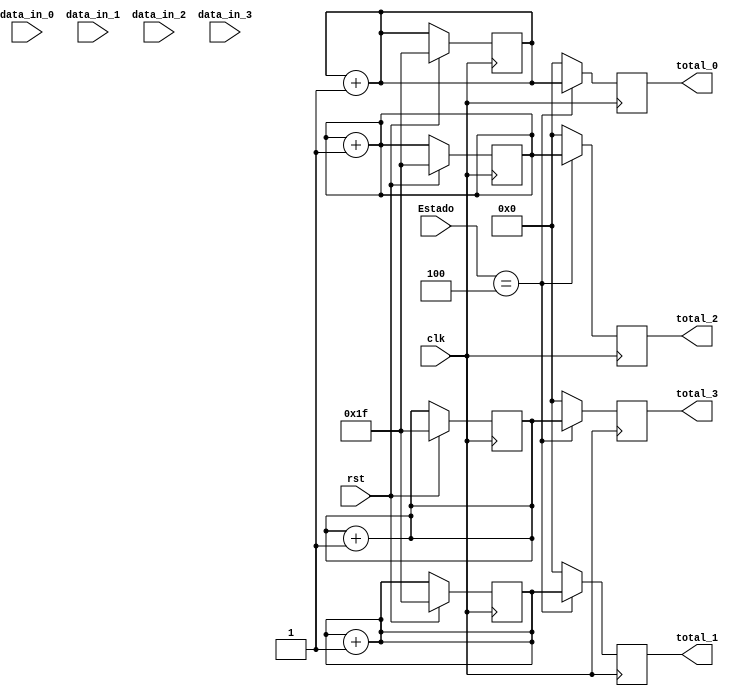
module contador_cond (
		      input 	       clk,
		      input 	       rst,
		      input [3:0]      Estado,
		      input [9:0]      data_in_0,
		      input [9:0]      data_in_1,
		      input [9:0]      data_in_2,
		      input [9:0]      data_in_3,
		      output reg [4:0] total_0,
		      output reg [4:0] total_1,
		      output reg [4:0] total_2,
		      output reg [4:0] total_3
		      );

   reg [4:0] 		      count_0, count_1, count_2, count_3;

   always @(posedge clk) begin
      if (rst) begin
	 count_0 <= -1;
	 count_1 <= -1;
	 count_2 <= -1;
	 count_3 <= -1;
      end
   end
   
   always @(data_in_0)
     count_0 = count_0 + 1;

   always @(data_in_1)
     count_1 = count_1 + 1;

   always @(data_in_2)
     count_2 = count_2 + 1;

   always @(data_in_3)
     count_3 = count_3 + 1;

   always @(posedge clk) begin
      if (Estado == 4) begin
	 total_0 <= count_0;
	 total_1 <= count_1;
	 total_2 <= count_2;
	 total_3 <= count_3;
      end

      else begin
	 total_0 <= 0;
	 total_1 <= 0;
	 total_2 <= 0;
	 total_3 <= 0;
      end // else: !if(IDLE)
   end // always @ (posedge clk)

endmodule // contador